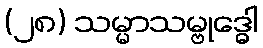
(၂၈) သမ္မာသမ္ဗုဒ္ဓေါ